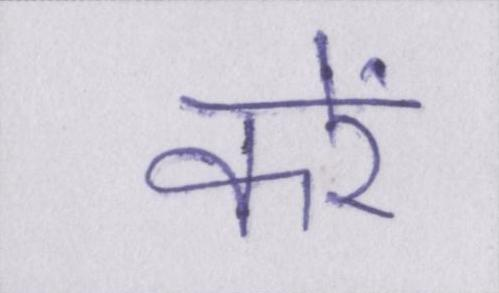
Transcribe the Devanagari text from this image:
करें